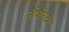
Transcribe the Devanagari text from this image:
नौशेरखां